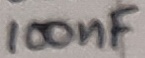
Text: 100nF